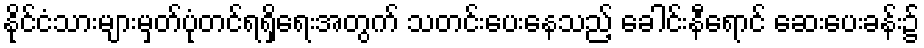
နိုင်ငံသားများမှတ်ပုံတင်ရရှိရေးအတွက် သတင်းပေးနေသည့် ခေါင်းနီရောင် ဆေးပေးခန်း၌